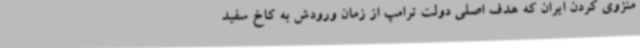
منزوی کردن ایران که هدف اصلی دولت ترامپ از زمان ورودش به کاخ سفید